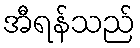
အီရန်သည်